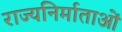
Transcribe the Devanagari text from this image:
राज्यनिर्माताओं